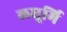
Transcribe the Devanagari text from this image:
लघूर्मि